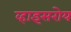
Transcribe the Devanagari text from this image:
व्हाइसरोय